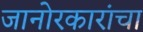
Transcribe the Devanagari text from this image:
जानोरकारांचा